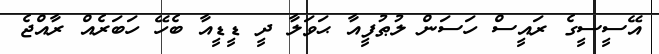
އޭސީސީގެ ރައީސް ހަސަން ލުޠުފީއާ ޙަވަލާ ދީ ޑީޑީއާ ބެހޭ ހަބަރެއް ރާއްޖެ